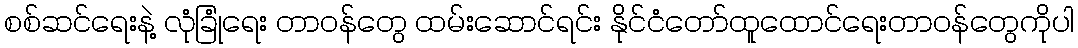
စစ်ဆင်ရေးနဲ့ လုံခြုံရေး တာဝန်တွေ ထမ်းဆောင်ရင်း နိုင်ငံတော်ထူထောင်ရေးတာဝန်တွေကိုပါ